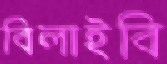
বিলাইবি